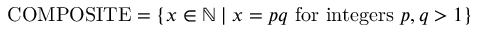
\mathrm { C O M P O S I T E } = \left\{ x \in \mathbb { N } \mid x = p q { \mathrm { ~ f o r ~ i n t e g e r s ~ } } p , q > 1 \right\}